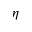
\eta